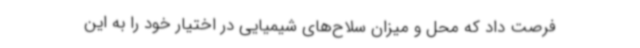
فرصت داد که محل و میزان سلاح‌های شیمیایی در اختیار خود را به این